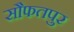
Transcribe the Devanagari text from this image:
सौफतपुर